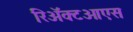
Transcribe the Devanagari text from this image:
रिअॅक्टओएस